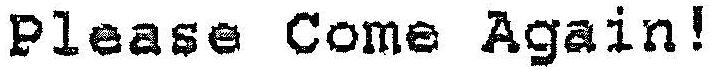
PLEASE COME AGAIN!